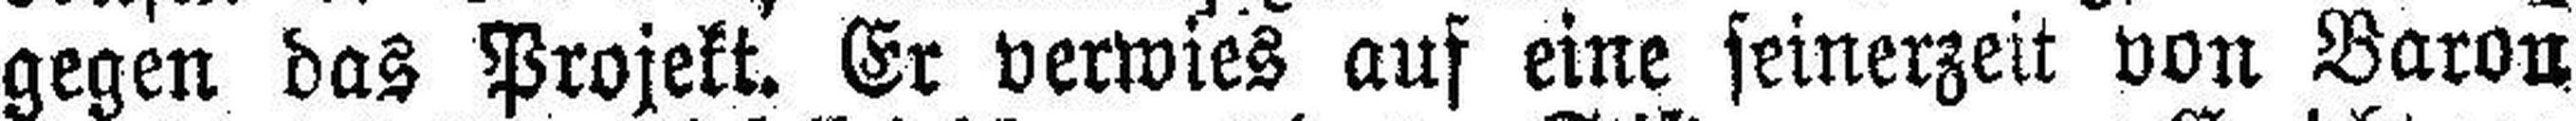
gegen das Projekt. Er verwies auf eine seinerzeit von Baron